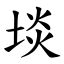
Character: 埮